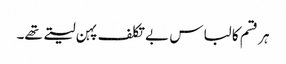
ہر قسم کا لباس بے تکلف پہن لیتے تھے۔